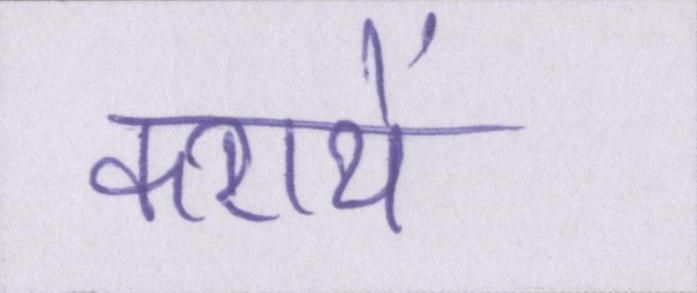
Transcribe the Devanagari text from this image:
करायें